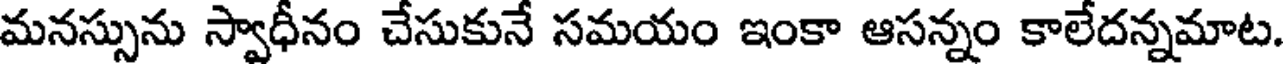
మనస్సును స్వాధీనం చేసుకునే సమయం ఇంకా ఆసన్నం కాలేదన్నమాట.